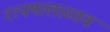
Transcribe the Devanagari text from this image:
रत्नमालास्तव